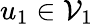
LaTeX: u_{1}\in\mathcal V_{1}